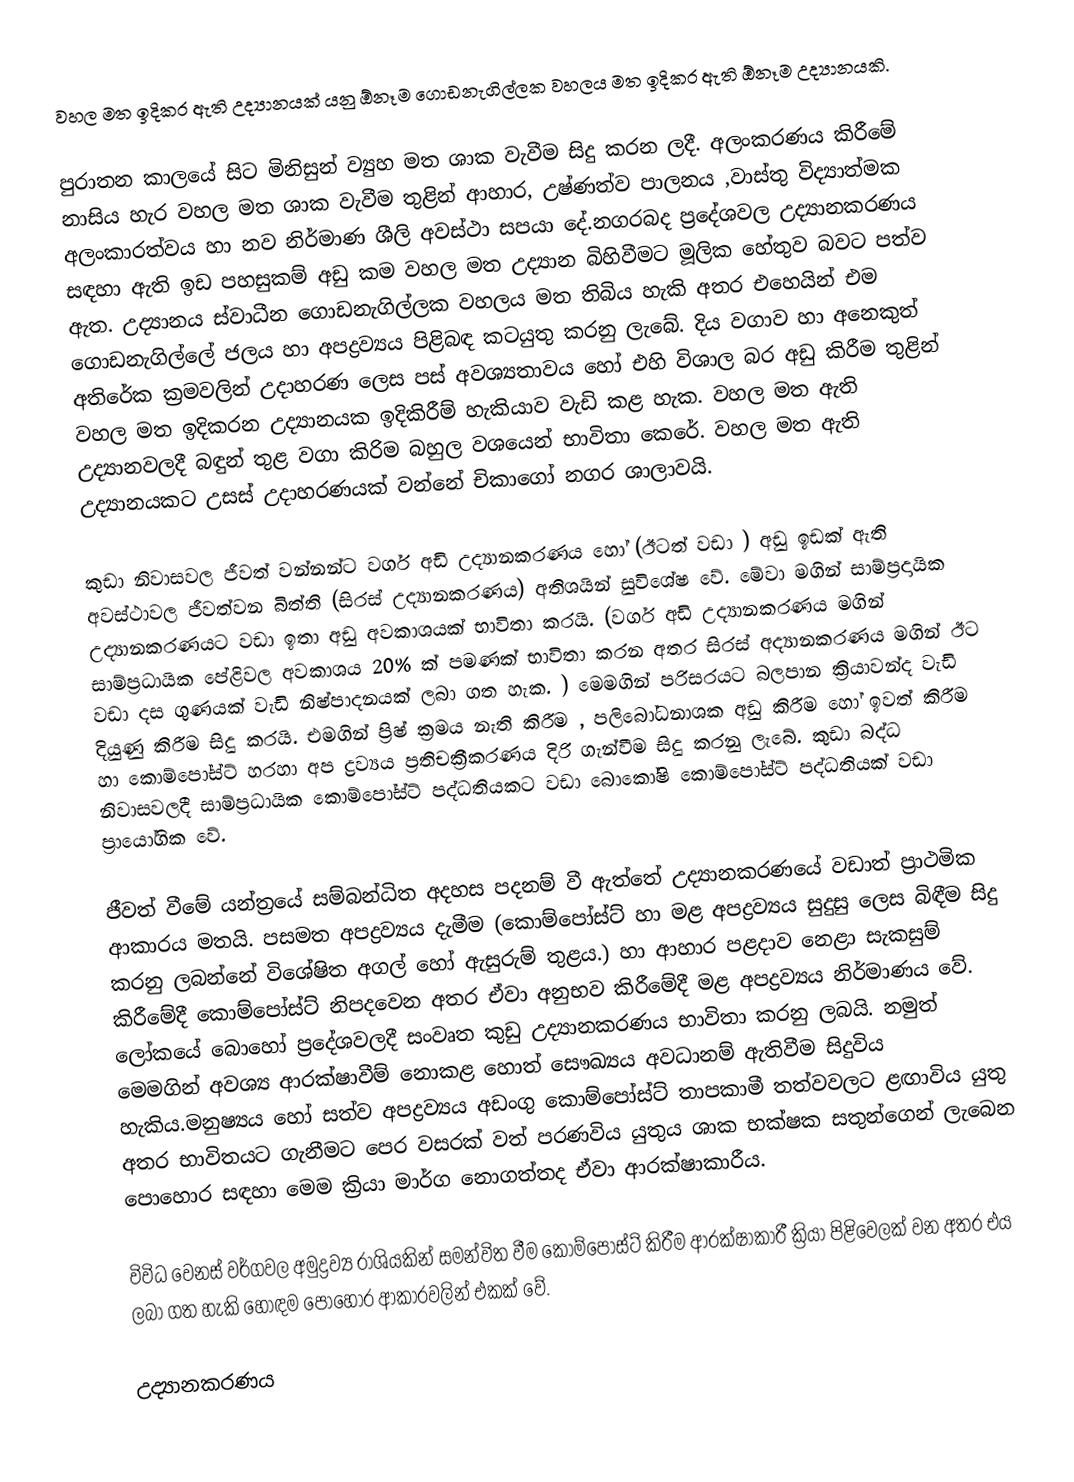
වහල මත ඉදිකර ඇති උද්‍යානයක් යනු ඕනෑම ගොඩනැගිල්ලක වහලය මත ඉදිකර ඇති ඕනෑම උද්‍යානයකි.

පුරාතන කාලයේ සිට මිනිසුන් ව්‍යුහ මත ශාක වැවීම සිදු කරන ලදී. අලංකරණය කිරීමේ නාසිය හැර වහල මත ශාක වැවීම තුළින් ආහාර, උෂ්ණත්ව පාලනය ,වාස්තු විද්‍යාත්මක අලංකාරත්වය හා නව නිර්මාණ ශීලි අවස්ථා සපයා දේ.නගරබද ප්‍රදේශවල උද්‍යානකරණය සඳහා ඇති ඉඩ පහසුකම් අඩු කම වහල මත උද්‍යාන බිහිවීමට මූලික හේතුව බවට පත්ව ඇත. උද්‍යානය ස්වාධීන ගොඩනැගිල්ලක වහලය මත තිබිය හැකි අතර එහෙයින් එම ගොඩනැගිල්ලේ ජලය හා අපද්‍රව්‍යය පිළිබඳ කටයුතු කරනු ලැබේ. දිය වගාව හා අනෙකුත් අතිරේක ක්‍රමවලින් උදාහරණ ලෙස පස් අවශ්‍යතාවය හෝ එහි විශාල බර අඩු කිරීම තුළින් වහල මත ඉදිකරන උද්‍යානයක ඉදිකිරීම් හැකියාව වැඩි කළ හැක. වහල මත ඇති උද්‍යානවලදී බඳුන් තුළ වගා කිරිම බහුල වශයෙන් භාවිතා කෙරේ. වහල මත ඇති උද්‍යානයකට උසස් උදාහරණයක් වන්නේ චිකාගෝ නගර ශාලාවයි.

කුඩා නිවාසවල ජීවත් වන්නන්ට වර්ග අඩි උද්‍යානකරණය හෝ (ඊටත් වඩා ) අඩු ඉඩක් ඇති අවස්ථාවල ජීවත්වන බිත්ති (සිරස් උද්‍යානකරණය) අතිශයින් සුවිශේෂ වේ. මේවා මගින් සාම්ප්‍රදායික උද්‍යානකරණයට වඩා ඉතා අඩු අවකාශයක් භාවිතා කරයි. (වර්ග අඩි උද්‍යානකරණය මගින් සාම්ප්‍රධායික ‍පේළිවල අවකාශය 20% ක් පමණක් භාවිතා කරන අතර සිරස් අද්‍යානකරණය මගින් ඊට වඩා දස ගුණයක් වැඩි නිෂ්පාදනයක් ලබා ගත හැක. ) මෙමගින් පරිසරයට බලපාන ක්‍රියාවන්ද වැඩි දියුණු කිරීම සිදු කරයි. එමගින් ප්‍රිෂ් ක්‍රමය නැති කිරීම ,  පලිබෝධනාශක අඩු කිරීම  හෝ ඉවත් කිරීම  හා කොම්පෝස්ට් හරහා අප ද්‍රව්‍යය ප්‍රතිචක්‍රීකරණය දිරි ගැන්වීම සිදු කරනු ලැබේ. කුඩා බද්ධ නිවාසවලදී සාම්ප්‍රධායික කොම්පෝස්ට් පද්ධතියකට වඩා බොකෝෂි කොම්පෝස්ට් පද්ධතියක් වඩා ප්‍රායෝගික වේ.

ජීවත් වීමේ යන්ත්‍රයේ සම්බන්ධිත අදහස පදනම් වී ඇත්තේ උද්‍යානකරණයේ වඩාත් ප්‍රාථමික ආකාරය මතයි. පසමත අපද්‍රව්‍යය දැමීම (කොම්පෝස්ට් හා මළ අපද්‍රව්‍යය සුදුසු ලෙස බිඳීම සිදු කරනු ලබන්නේ විශේෂිත අගල් හෝ ඇසුරුම් තුළය.) හා ආහාර පළදාව නෙළා සැකසුම් කිරීමේදී කොම්පෝස්ට් නිපදවෙන අතර ඒවා අනුභව කිරීමේදී මළ අපද්‍රව්‍යය නිර්මාණය වේ. ලෝකයේ බොහෝ ප්‍රදේශවලදී සංවෘත කුඩු උද්‍යානකරණය භාවිතා කරනු ලබයි. නමුත් මෙමගින් අවශ්‍ය ආරක්ෂාවීම් නොකළ හොත් සෞඛ්‍යය අවධානම් ඇතිවීම සිදුවිය හැකිය.මනුෂ්‍යය හෝ සත්ව අපද්‍රව්‍යය අඩංගු කොම්පෝස්ට් තාපකාමී තත්වවලට ළඟාවිය යුතු අතර භාවිතයට ගැනීමට පෙර වසරක් වත් පරණවිය යුතුය ශාක භක්ෂක සතුන්ගෙන් ලැබෙන පොහොර සඳහා මෙම ක්‍රියා මාර්ග නොගත්තද ඒවා ආරක්ෂාකාරීය.

විවිධ වෙනස් වර්ගවල අමුද්‍රව්‍ය රාශියකින් සමන්විත වීම කොම්පෝස්ට් කිරීම ආරක්ෂාකාරී ක්‍රියා පිළිවෙලක් වන  අතර එය ලබා ගත හැකි හොඳම පොහොර ආකාරවලින් එකක් වේ.

උද්‍යානකරණය